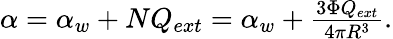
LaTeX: \begin{array}{r}{\alpha=\alpha_{w}+NQ_{ext}=\alpha_{w}+\frac{3\Phi Q_{ext}}{4\pi R^{3}}.}\end{array}